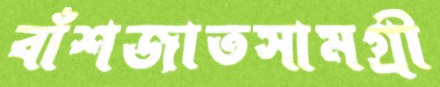
বাঁশজাতসামগ্রী